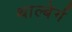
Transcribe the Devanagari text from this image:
थाल्बेर्ग